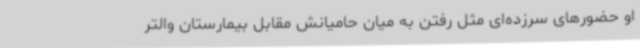
او حضورهای سرزده‌ای مثل رفتن به میان حامیانش مقابل بیمارستان والتر